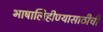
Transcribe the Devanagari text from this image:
भाषालिहीण्यासाठीची